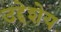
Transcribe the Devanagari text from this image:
उद्देशेय